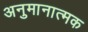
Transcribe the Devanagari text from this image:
अनुमानात्मक